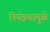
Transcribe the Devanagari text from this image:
नियंत्रणामुळे